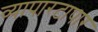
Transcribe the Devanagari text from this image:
व्यापारटापार